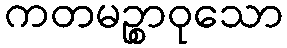
ကတမဉ္စာဝုသော